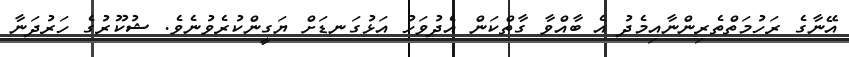
އޭނާގެ ރަހުމަތްތެރިންނާއިމެދު އެ ބާއްވާ ގާތްކަން އެދުވަހު އަޅުގަނޑަށް ޔަގީންކުރެވުނެވެ. ޝުކޫރުގެ ހަރުދަނާ